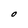
Character: O